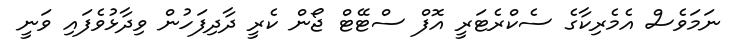
ނަމަވެސް އެމެރިކާގެ ސެކްރެޓަރީ އޮފް ސްޓޭޓް ޖޯން ކެރީ ދާދިފަހުން ވިދާޅުވެފައި ވަނީ